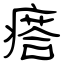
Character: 瘩